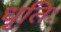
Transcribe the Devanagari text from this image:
धृतिः